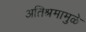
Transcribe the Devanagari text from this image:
अतिश्रमामुळे